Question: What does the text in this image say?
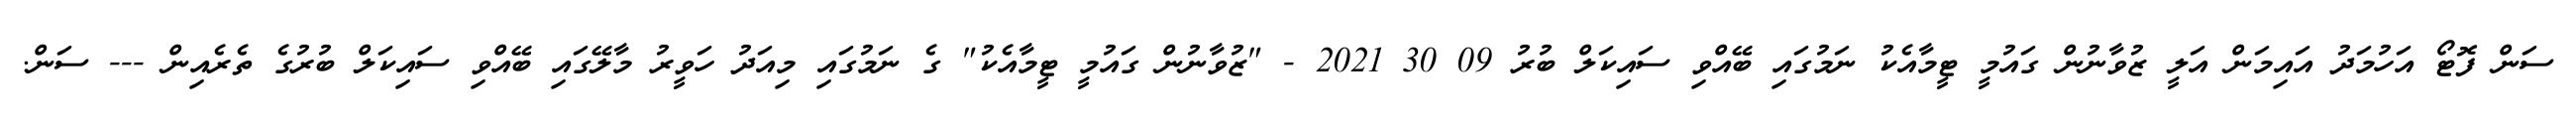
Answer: ސަން ފޮޓޯ އަހުމަދު އައިމަން އަލީ ޒުވާނުން ގައުމީ ޓީމާއެކު ނަމުގައި ބޭއްވި ސައިކަލް ބުރު 09 30 2021 - "ޒުވާނުން ގައުމީ ޓީމާއެކު" ގެ ނަމުގައި މިއަދު ހަވީރު މާލޭގައި ބޭއްވި ސައިކަލް ބުރުގެ ތެރެއިން --- ސަން.